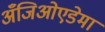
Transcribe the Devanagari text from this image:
अँजिओएडेमा